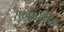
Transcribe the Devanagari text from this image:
संस्कारचन्द्रिका